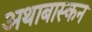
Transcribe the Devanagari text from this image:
अथाबास्कन